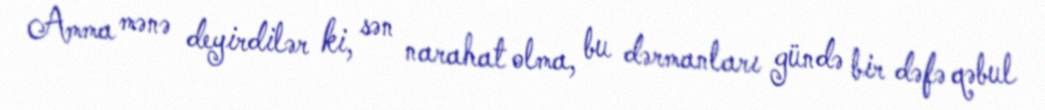
Amma mənə deyirdilər ki, sən narahat olma, bu dərmanları gündə bir dəfə qəbul